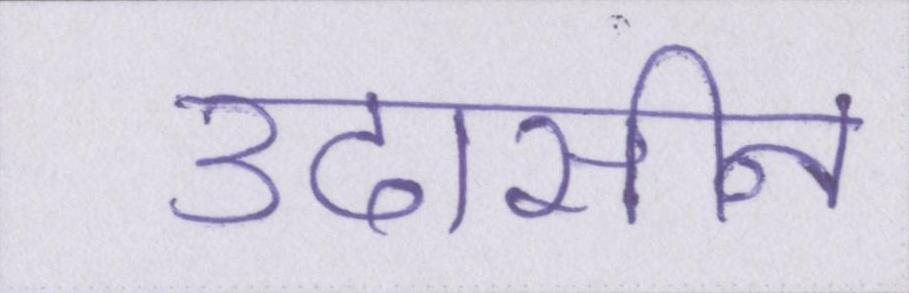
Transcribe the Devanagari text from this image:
उदासीन